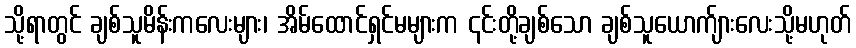
သို့ရာတွင် ချစ်သူမိန်းကလေးများ၊ အိမ်ထောင်ရှင်မများက ၎င်းတို့ချစ်သော ချစ်သူယောက်ျားလေးသို့မဟုတ်